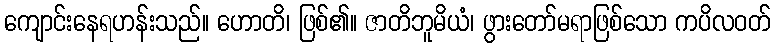
ကျောင်းနေရဟန်းသည်။ ဟောတိ၊ ဖြစ်၏။ ဇာတိဘူမိယံ၊ ဖွားတော်မရာဖြစ်သော ကပိလဝတ်